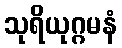
သုရိယုဂ္ဂမနံ